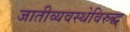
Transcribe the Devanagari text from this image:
जातीव्यवस्थेविरुद्ध